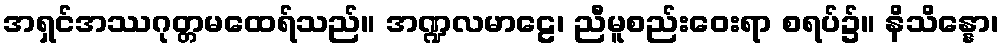
အရှင်အဿဂုတ္တမထေရ်သည်။ အဏ္ဍလမာဠေ၊ ညီမူစည်းဝေးရာ စရပ်၌။ နိသိန္နော၊